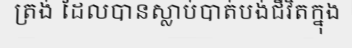
ត្រង់ ដែលបានស្លាប់បាត់បង់ជីវិតក្នុង